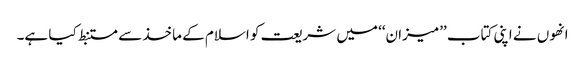
انھوں نے اپنی کتاب ’’میزان‘‘ میں شریعت کو اسلام کے ماخذ سے مستنبط کیا ہے۔